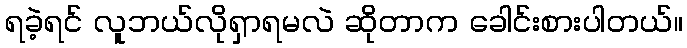
ရခဲ့ရင် လူဘယ်လိုရှာရမလဲ ဆိုတာက ခေါင်းစားပါတယ်။